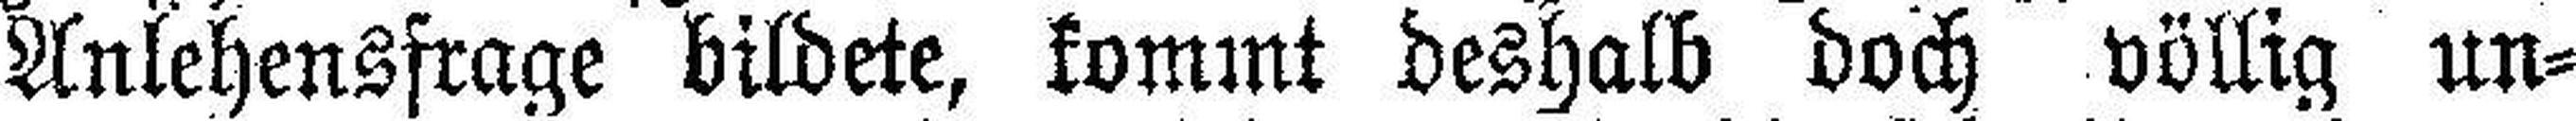
Unlehensfrage bildete, kommt deshalb doch völlig un¬